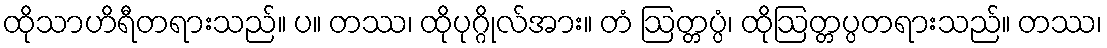
ထိုသာဟိရီတရားသည်။ ပ။ တဿ၊ ထိုပုဂ္ဂိုလ်အား။ တံ ဩတ္တပ္ပံ၊ ထိုဩတ္တပ္ပတရားသည်။ တဿ၊